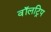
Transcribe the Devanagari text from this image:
वॉलट्रिप